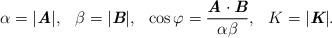
LaTeX: \begin{align*}\alpha=|\mbox{\bf\itshape A}|,\hspace{3mm}\beta=|\mbox{\bf\itshape B}|,\hspace{3mm}\cos\varphi=\frac{\mbox{\bf\itshape A}\cdot\mbox{\bf\itshape B}}{\alpha\beta},\hspace{3mm}K=|\mbox{\bf\itshape K}|.\end{align*}